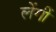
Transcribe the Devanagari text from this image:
लेंगीं